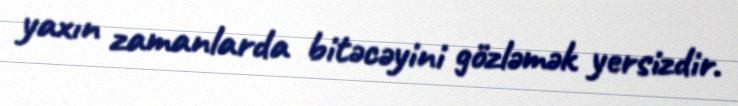
yaxın zamanlarda bitəcəyini gözləmək yersizdir.